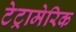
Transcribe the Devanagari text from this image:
टेट्रामेरिक